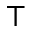
\top